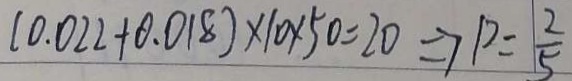
( 0 . 0 2 2 + 0 . 0 1 8 ) \times 1 0 \times 5 0 = 2 0 \Rightarrow p = \frac { 2 } { 5 }